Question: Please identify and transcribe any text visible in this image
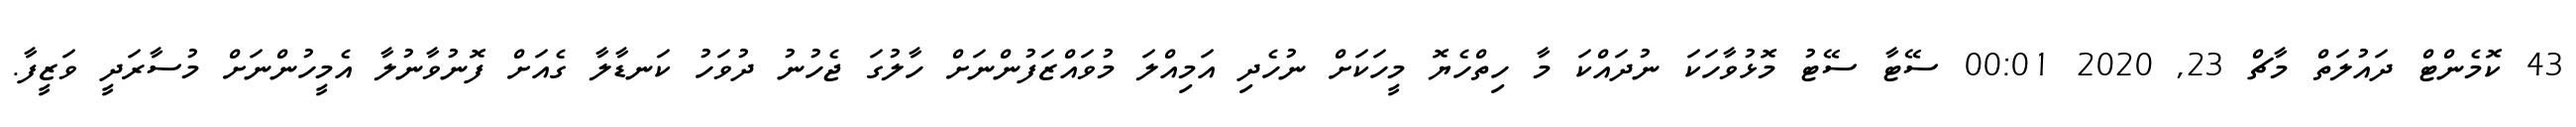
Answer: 43 ކޮމެންޓް ދައުލަތް މާޗް 23, 2020 00:01 ސޭޓާ ސޭޓު މޮޅުވާހަކަ ނުދައްކަ މާ ހިތްހެޔޮ މީހަކަށް ނުހެދި އަމިއްލަ މުވައްޒަފުންނަށް ހާލުގަ ޖެހުނު ދުވަހު ކަނޑާލާ ގެއަށް ފޮނުވާނުލާ އެމީހުންނަށް މުސާރަދީ ވަޒީފާ.